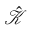
\mathcal { \hat { K } }